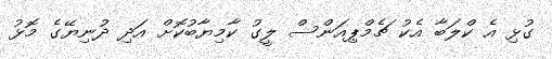
ގުޅި އެ ކްލަބާ އެކު ޗެމްޕިއަންސް ލީގު ކާމިޔާބުކޮށް އަދި ދުނިޔޭގެ މޮޅު